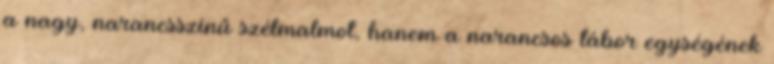
a nagy, narancsszínű szélmalmot, hanem a narancsos tábor egységének